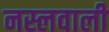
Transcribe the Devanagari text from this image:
नस्लवाली